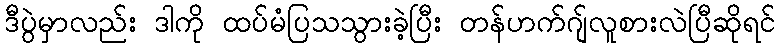
ဒီပွဲမှာလည်း ဒါကို ထပ်မံပြသသွားခဲ့ပြီး တန်ဟက်ဂျ်လူစားလဲပြီဆိုရင်